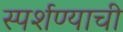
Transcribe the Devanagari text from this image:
स्पर्शण्याची